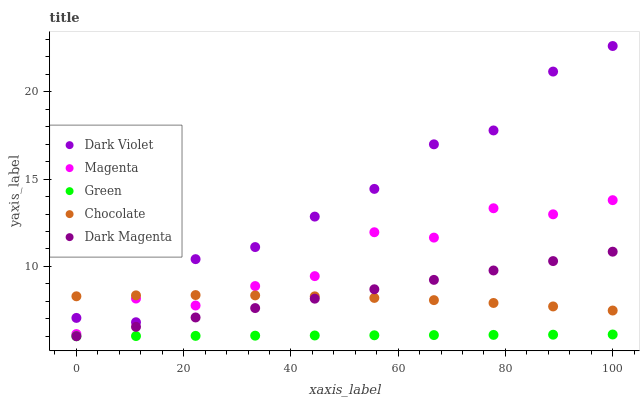
| xaxis_label | Dark Violet | Magenta | Green | Chocolate | Dark Magenta |
 | --- | --- | --- | --- | --- | --- |
 | 0 | 7.05 | 6.12 | 6 | 8.29 | 6 |
 | 11.1 | 6.8 | 8.16 | 6.01 | 8.34 | 6.54 |
 | 22.2 | 10.4 | 7.76 | 6.02 | 8.36 | 7.08 |
 | 33.3 | 11.1 | 8.87 | 6.03 | 8.34 | 7.61 |
 | 44.4 | 12.9 | 9.44 | 6.04 | 8.29 | 8.15 |
 | 55.6 | 14.4 | 12 | 6.06 | 8.2 | 8.69 |
 | 66.7 | 17 | 11.6 | 6.07 | 8.07 | 9.23 |
 | 77.8 | 17.8 | 13.3 | 6.08 | 7.91 | 9.77 |
 | 88.9 | 21.2 | 13 | 6.09 | 7.71 | 10.3 |
 | 100 | 22.6 | 13.8 | 6.1 | 7.47 | 10.8 |